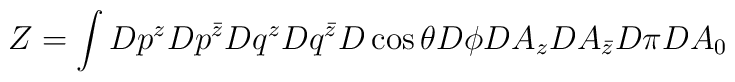
Z =\int D p^z D p^{\bar z} D q^z D q^{\bar z} D\cos \theta D\phi  D A_z D A_{\bar z} D \pi D A_0